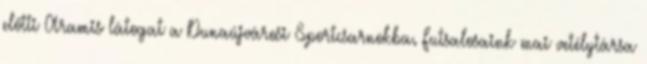
előtti Aramis látogat a Dunaújvárosi Sportcsarnokba. Futsalosaink mai vetélytársa